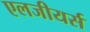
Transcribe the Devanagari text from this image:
एलजीयर्स